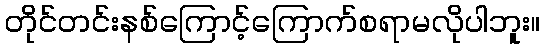
တိုင်တင်းနစ်ကြောင့်ကြောက်စရာမလိုပါဘူး။